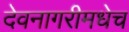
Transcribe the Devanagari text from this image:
देवनागरीमधेच